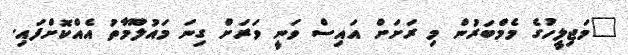
"މަޖިލީހުގެ މެމްބަރުން މި ރަށަށް އައިސް ވަނީ ވަރަށް ގިނަ މައުލޫމާތު އެއްކޮށްފައި.